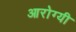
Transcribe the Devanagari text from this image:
आरोग्यी